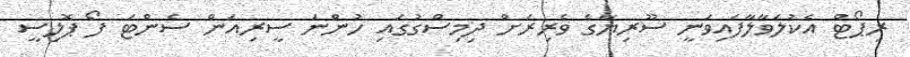
ރިޕޯޓް އެކުލަވާލާފައިވަނީ ސޫރިޔާގެ ވެރިރަށް ދިމިސްގުގައި ހުންނަ ސީރިއަން ސެންޓަ ފޯ ޕޮލިސީ